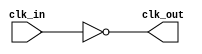
module inverting_clock_buffer (
    input wire clk_in,    // Input clock signal
    output wire clk_out   // Inverted output clock signal
);

// Invert the input clock signal using a continuous assignment
assign clk_out = ~clk_in;

endmodule